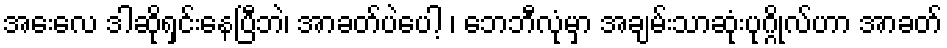
အေးလေ ဒါဆိုရှင်းနေပြီဘဲ၊ အာခတ်ပဲပေါ့ ၊ ဘေဘီလုံမှာ အချမ်းသာဆုံးပုဂ္ဂိုလ်ဟာ အာခတ်